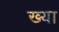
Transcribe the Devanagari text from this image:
ख्या